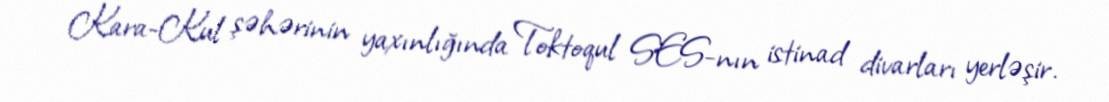
Kara-Kul şəhərinin yaxınlığında Toktoqul SES-nın istinad divarları yerləşir.